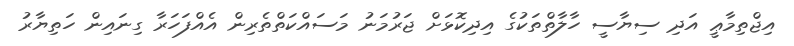
އިޖްތިމާޢީ އަދި ސިޔާސީ ހާލާތްތަކުގެ އިދިކޮޅަށް ޖަރުމަނު މަސައްކަތްތެރިން އެއްފަހަރާ ގިނައިން ހަތިޔާރު